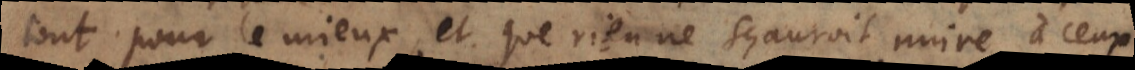
tout pour le mieux, et que rien ne sçauroit nuire à ceux